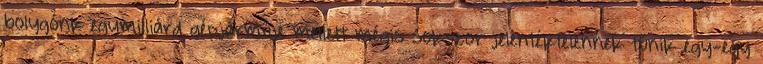
bolygónk egymilliárd gépjárműje mellett mégis sokszor jelentéktelennek tűnik egy-egy